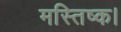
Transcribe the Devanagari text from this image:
मस्तिष्क।